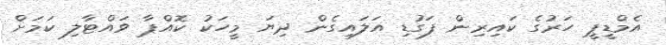
އެމްޑީޕީ ހަރުގެ ކައިރިން ފަގުޑި އަލައިގެން ދިޔަ މީހަކު ކޮއްޕާ ވައްޓާލި ކަމަށް